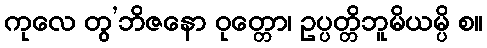
ကုလေ တွ’ဘိဇနော ဝုတ္တော၊ ဥပ္ပတ္တိဘူမိယမ္ပိ စ။